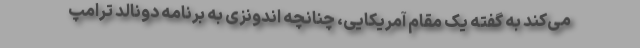
می‌کند به گفته یک مقام آمریکایی، چنانچه اندونزی به برنامه دونالد ترامپ